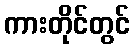
ကားတိုင်တွင်